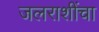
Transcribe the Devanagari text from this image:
जलराशींचा